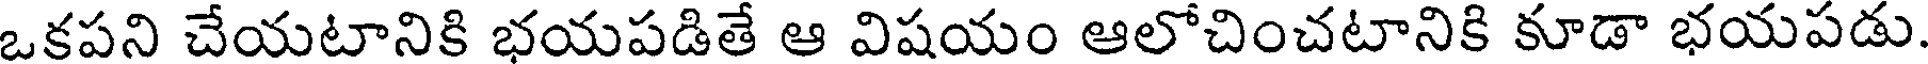
ఒకపని చేయటానికి భయపడితే ఆ విషయం ఆలోచించటానికి కూడా భయపడు.